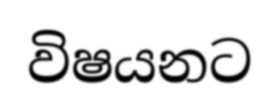
විෂයනට